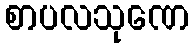
စာပလသုဏေ